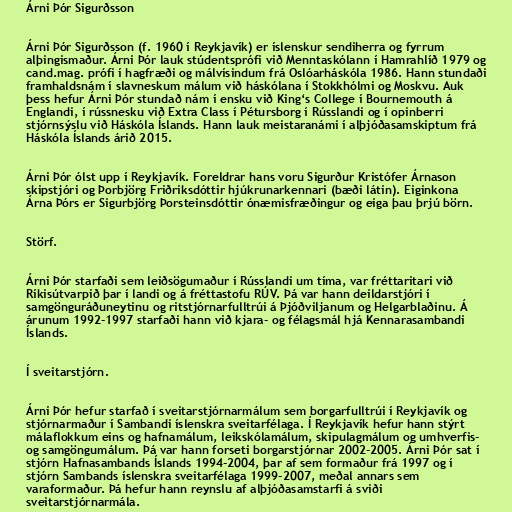
Árni Þór Sigurðsson

Árni Þór Sigurðsson (f. 1960 í Reykjavík) er íslenskur sendiherra og fyrrum
alþingismaður. Árni Þór lauk stúdentsprófi við Menntaskólann í Hamrahlíð 1979 og
cand.mag. prófi í hagfræði og málvísindum frá Oslóarháskóla 1986. Hann stundaði
framhaldsnám í slavneskum málum við háskólana í Stokkhólmi og Moskvu. Auk
þess hefur Árni Þór stundað nám í ensku við King‘s College í Bournemouth á
Englandi, í rússnesku við Extra Class í Pétursborg í Rússlandi og í opinberri
stjórnsýslu við Háskóla Íslands. Hann lauk meistaranámi í alþjóðasamskiptum frá
Háskóla Íslands árið 2015.

Árni Þór ólst upp í Reykjavík. Foreldrar hans voru Sigurður Kristófer Árnason
skipstjóri og Þorbjörg Friðriksdóttir hjúkrunarkennari (bæði látin). Eiginkona
Árna Þórs er Sigurbjörg Þorsteinsdóttir ónæmisfræðingur og eiga þau þrjú börn.

Störf.

Árni Þór starfaði sem leiðsögumaður í Rússlandi um tíma, var fréttaritari við
Ríkisútvarpið þar í landi og á fréttastofu RÚV. Þá var hann deildarstjóri í
samgönguráðuneytinu og ritstjórnarfulltrúi á Þjóðviljanum og Helgarblaðinu. Á
árunum 1992-1997 starfaði hann við kjara- og félagsmál hjá Kennarasambandi
Íslands.

Í sveitarstjórn.

Árni Þór hefur starfað í sveitarstjórnarmálum sem borgarfulltrúi í Reykjavík og
stjórnarmaður í Sambandi íslenskra sveitarfélaga. Í Reykjavík hefur hann stýrt
málaflokkum eins og hafnamálum, leikskólamálum, skipulagmálum og umhverfis-
og samgöngumálum. Þá var hann forseti borgarstjórnar 2002-2005. Árni Þór sat í
stjórn Hafnasambands Íslands 1994-2004, þar af sem formaður frá 1997 og í
stjórn Sambands íslenskra sveitarfélaga 1999-2007, meðal annars sem
varaformaður. Þá hefur hann reynslu af alþjóðasamstarfi á sviði
sveitarstjórnarmála.